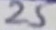
Text: 25